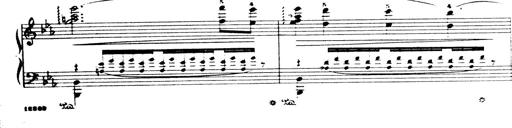
Title: Wagner-Liszt Album
Composer: Franz Liszt